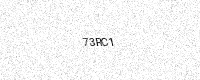
Text: 73RC1